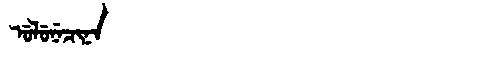
Manchu: ᡠᠯᡠᠨᡝᠴᡳᠨᠠ
Romanization: ULUNECINA